Vaccination in Burma 1920-1933 - 1920-1933
Year: 1920
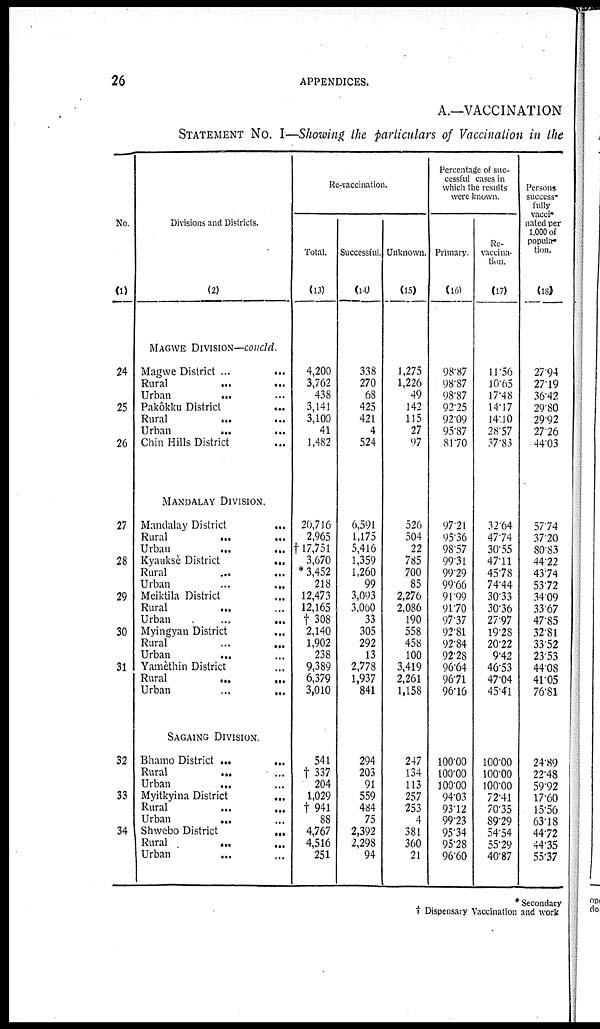
26
APPENDICES.
A.—VACCINATION
STATEMENT No. I—Showing the particulars of Vaccination in the
No.
(1)
24
25
26
27
28
29
30
31
32
33
34
Divisions and Districts.
(2)
MAGWE DIVISION—concld.
Magwe District ... ...
Rural
... ...
Urban
... ...
Pakôkku District
...
Rural ... ...
Urban
... ...
Chin Hills District ... ...
MANDALAY DIVISION.
Mandalay District...
Rural...
...
Urban
...
...
Kyauksè District...
Rural ... ...
Urban
...
...
Meiktila District ...
Rural ... ...
Urban
...
...
Myingyan District
Rural...
...
Urban
... ...
Yamèthin District ...
Rural
...
...
Urban
...
...
SAGAING DIVISION.
Bhamo District ......
Rural
... ...
Urban
... ...
Myitkyina District...
Rural
...
...
Urban ... ...
Shwebo District...
Rural... ...
Urban ... ...
Re-vaccination.
Total.
(13)
4,200
3,762
438
3,141
3,100
41
1,482
20,716
2,965
†17,751
3,670
* 3,452
218
12,473
12,165
† 308
2,140
1,902
238
9,389
6,379
3,010
541
† 337
204
1,029
† 941
88
4,767
4,516
251
Successful.
(14)
338
270
68
425
421
4
524
6,591
1,175
5,416
1,359
1,260
99
3,093
3,060
33
305
292
13
2,778
1,937
841
294
203
91
559
484
75
2,392
2,298
94
Unknown.
(15)
1,275
1,226
49
142
115
27
97
526
504
22
785
700
85
2,276
2,086
190
558
458
100
3,419
2,261
1,158
247
134
113
257
253
4
381
360
21
Percentage of suc-
cessful cases in
which the results
were known.
Primary.
(l6)
98.87
98.87
98.87
92.25
92.09
95.87
81.70
97.21
95.36
98.57
99.31
99.29
99.66
91.99
91.70
97.37
92.81
92.84
92.28
96.64
96.71
96.16
100.00
100.00
100.00
94.03
93.12
99.23
95.34
95.28
96.60
Re-
vaccina-
tion.
(17)
11.56
10.65
17.48
14.17
14.10
28.57
37.83
32.64
47.74
30.55
47.11
45.78
74.44
30.33
30.36
27.97
19.28
20.22
9.42
46.53
47.04
45.41
100.00
100.00
100.00
72.41
70.35
89.29
54.54
55.29
40.87
Persons
success-
fully
vacci-
nated per
1,000 of
popula-
tion.
(18)
27.94
27.19
36.42
29.80
29.92
27.76
44.03
57.74
37.20
80.83
44.22
43.74
53.72
34.09
33.67
47.85
32.81
33.52
23.53
44.08
41.05
76.81
24.89
22.48
59.92
17.60
15.56
63.18
44.72
44.35
55.37
* Secondary
† Dispensary Vaccination and work